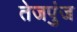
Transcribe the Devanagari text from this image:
तेजपुंज